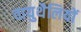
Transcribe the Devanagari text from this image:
वायुथैलियों